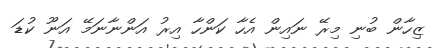
ޒިހާން ބުނި މިރޭ ނައިން އެހާ ކަންހާ އިރު އަންނާނަމޭ އަނޫ ކުޑަ